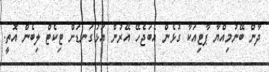
ދާން ބޭނުމިއްޔާ ޕާޓިއަކާ ގުޅެން އެބަޖެހޭ އޭރުން އަޅުގަނޑަށް ޓިކެޓް ލިބެން އޮތީ.